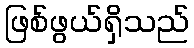
ဖြစ်ဖွယ်ရှိသည်